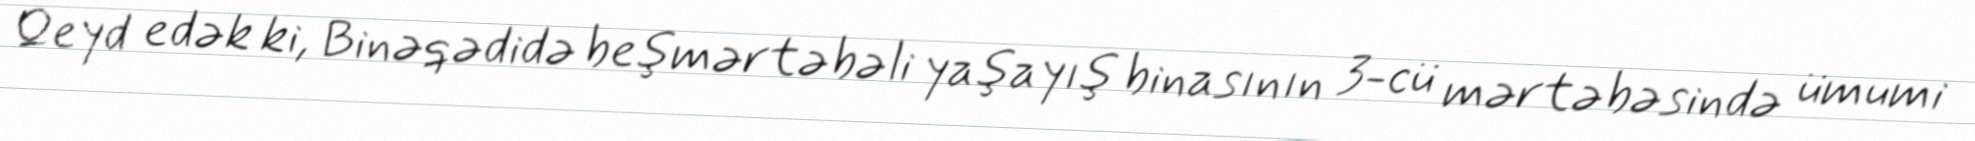
Qeyd edək ki, Binəqədidə beşmərtəbəli yaşayış binasının 3-cü mərtəbəsində ümumi